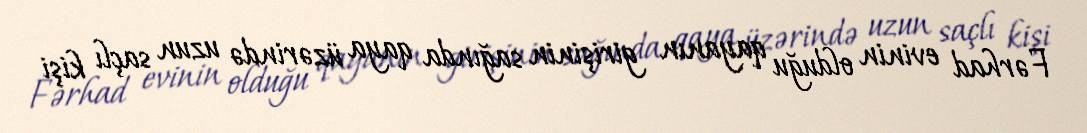
Fərhad evinin olduğu qayanın girişinin sağında qaya üzərində uzun saçlı kişi